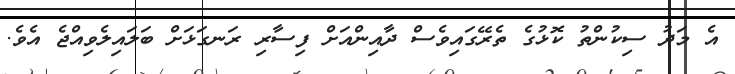
އެ މަދު ސިކުންތު ކޮޅުގެ ތެރޭގައިވެސް ދާއިންއަށް ފިސާރި ރަނގަޅަށް ބަލައިލެވިއްޖެ އެވެ.